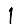
Digit: 1